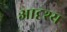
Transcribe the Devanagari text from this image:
आदृश्य